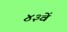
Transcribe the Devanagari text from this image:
४३वें